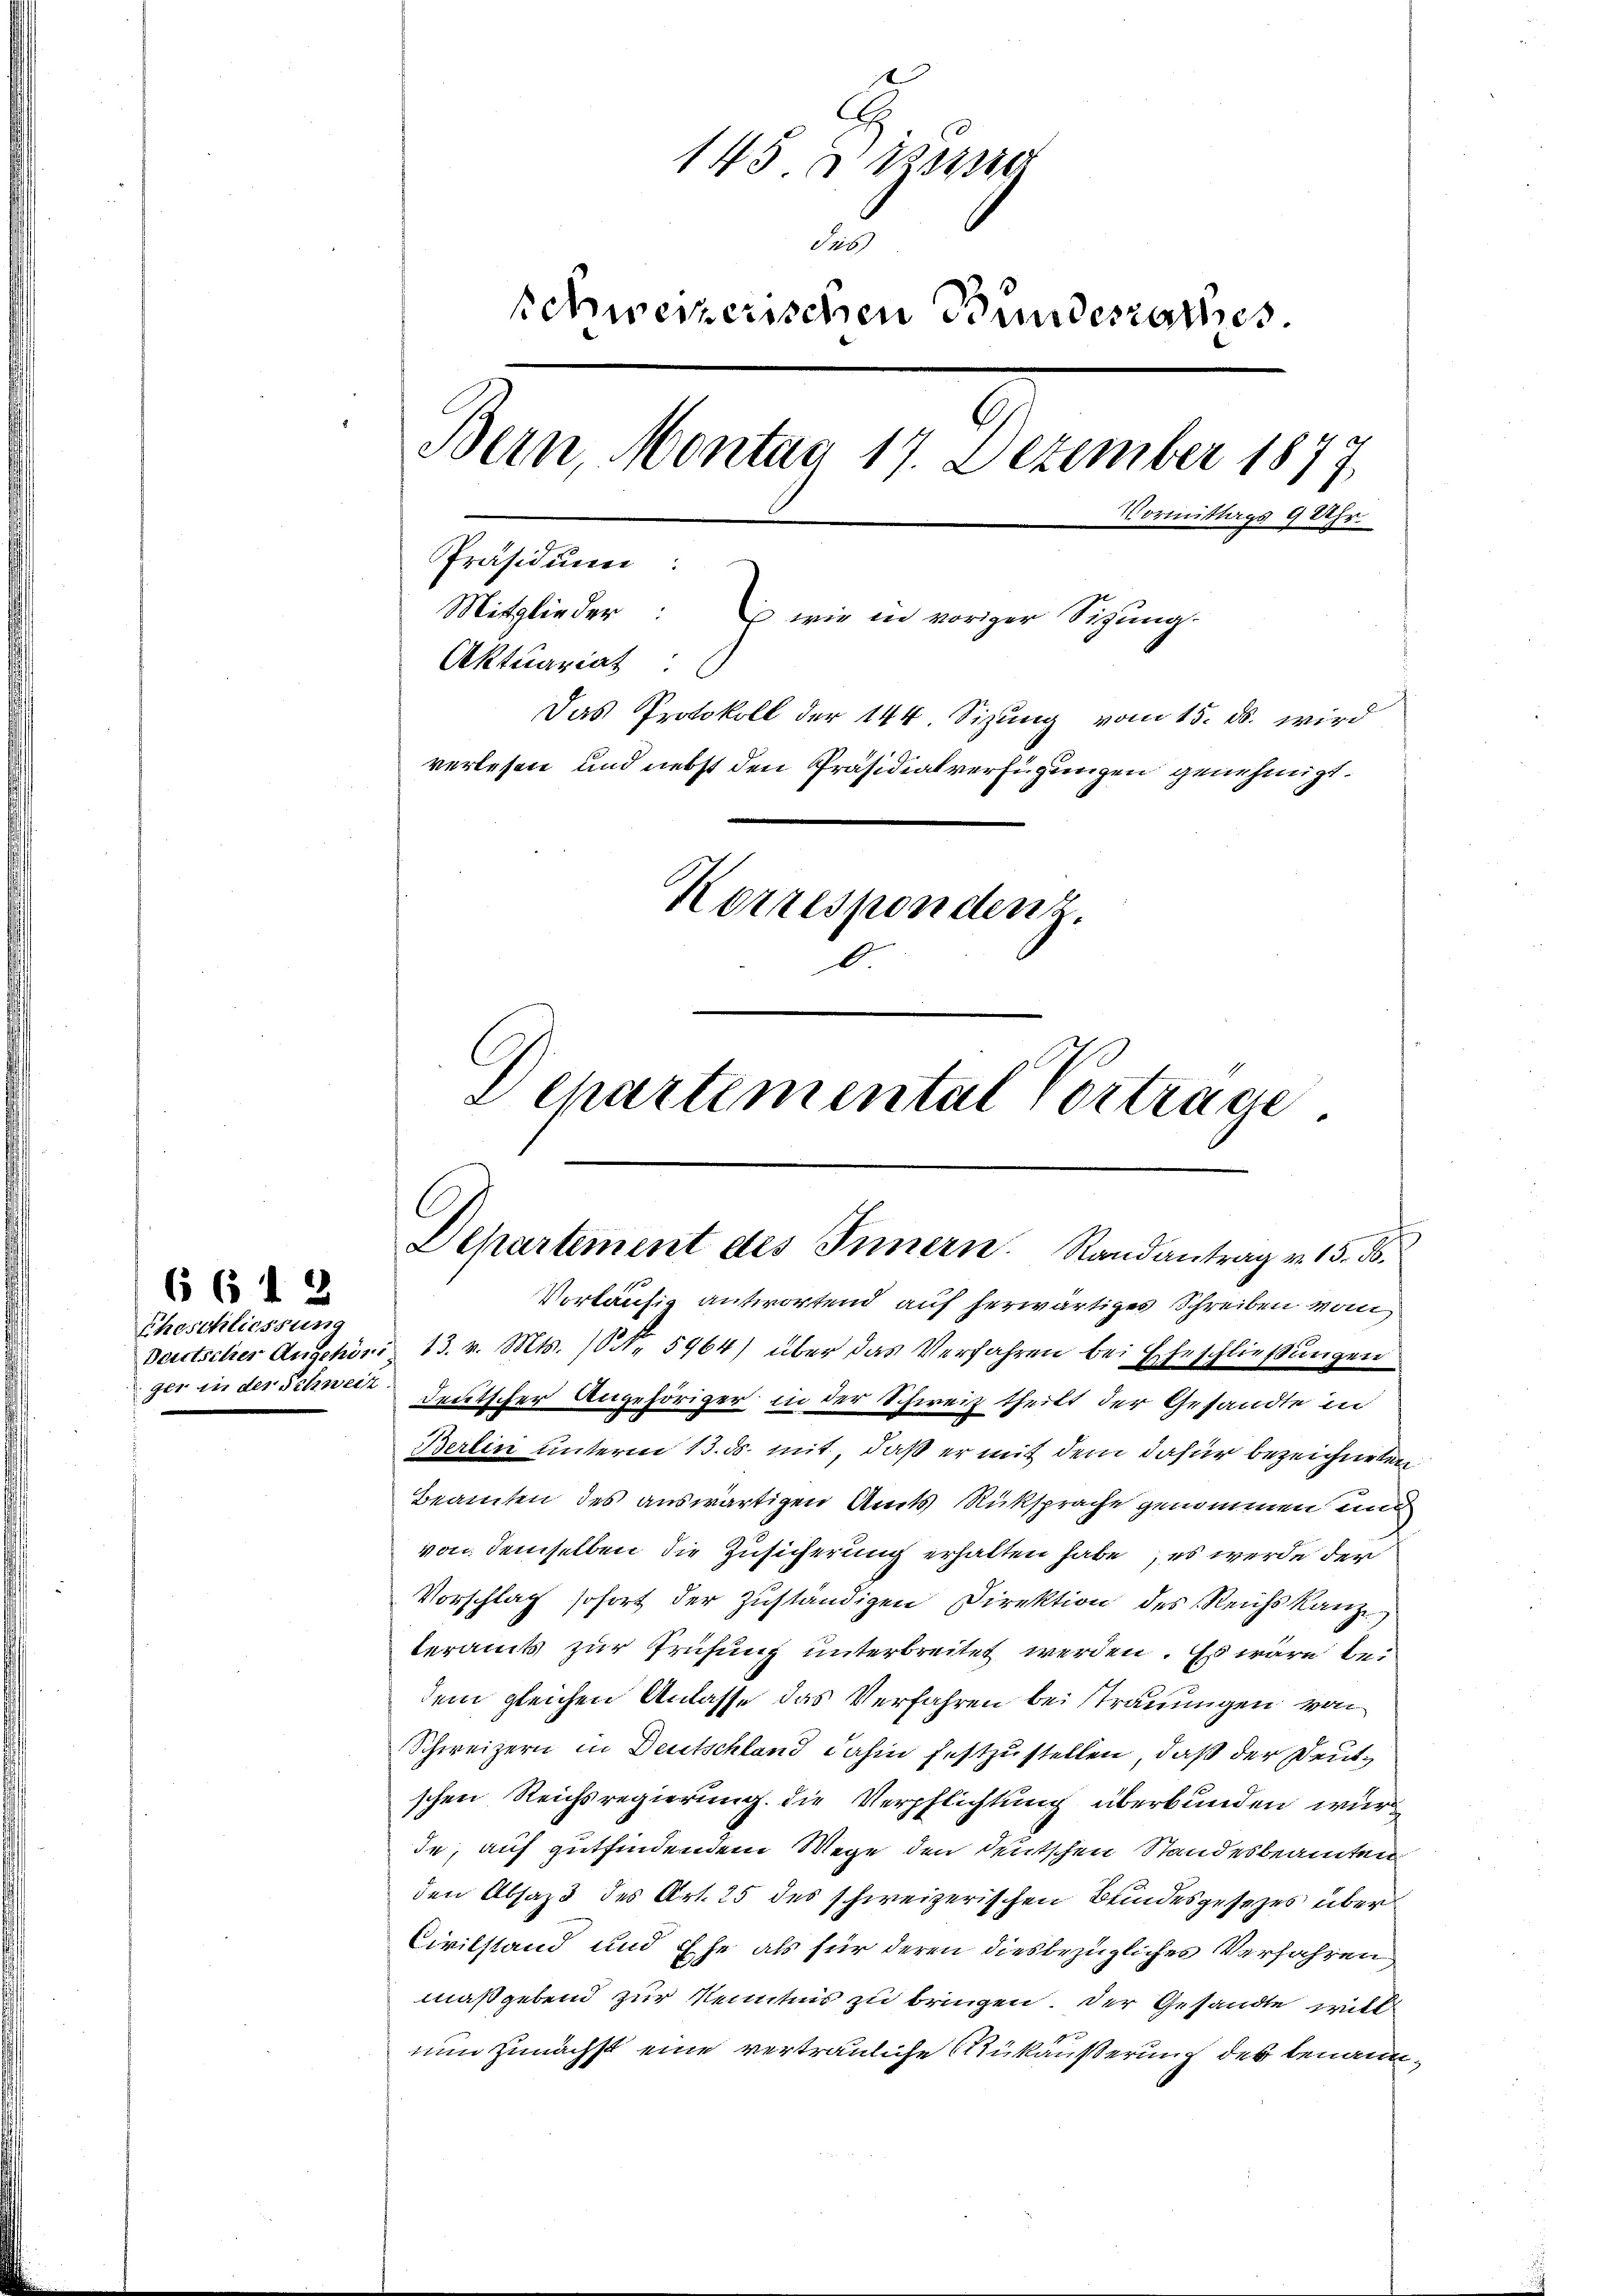
Eheschliessung
ger in der Schweiz.

6 612

145. Weing
dieb
schweizerischen Bundesrathes
Bern, Montag 17. Dezember 1877
Vormittags 9 Uhr.
Präsidium:
Mitglieder: wie in voriger Sizung.
Aktuariat
Das Protokoll der 144. Sizung vom 15. ds. wird
verlesen und nebst den Präsidialverfügungen genehmigt.
Korrespondenz.
Departemental Vortrage.

C
Departement des Innern. Randantrag v. 15. ds.
Vorläufig antwortend auf herwärtiges Schreiben vom

Beutscher Anschön 13. v. Mts. (N. 5964) über das Verfahren bei Eheschließungen
deutscher Angehöriger in der Schweiz theilt der Gesandte in
Berlin unterm 13. ds. mit, daß er mit dem dafür bezeichneten
Beamten des auswärtigen Amts Rücksprache genommen und
von demselben die Zusicherung erhalten habe, es werde der
Vorschlag sofort der zuständigen Direktion des Reichskanz
teramts zur Prüfung unterbreitet werden. Es wäre bedem gleichen Anlasse das Verfahren bei Trauungen von
Schweizern in Deutschland dahin festzustellen, daß der Deutschen Reichsregierung. Die Verpflichtung überbunden wurde, auf gutfindendem Wege den deutschen Standesbeamten
den Absaz des Art. 25 des schweizerischen Bundesgesezes über
Civilstand und Ehe als für deren diesbezügliches Verfahren
maßgebend zur Kenntnis zu bringen. Der Gesandte will
nun zunächst eine vertrauliche Ankäußerung des benann¬